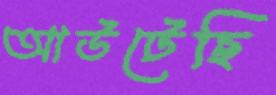
আউটেছি